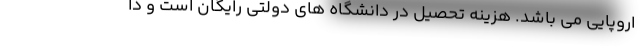
اروپایی می باشد. هزینه تحصیل در دانشگاه های دولتی رایگان است و دا